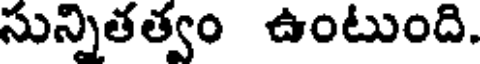
సున్నితత్వం ఉంటుంది.